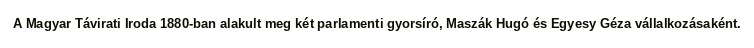
A Magyar Távirati Iroda 1880-ban alakult meg két parlamenti gyorsíró, Maszák Hugó és Egyesy Géza vállalkozásaként.